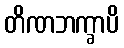
တိဏဘက္ခာပိ